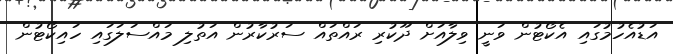
އަޑުއެހުމުގައި އެކޯޓުން ވަނީ ވިލާއަށް ދޫކުރި ރައްތައް ސަރުކާރުން އަތުލި މައްސަލަގައި ހައިކޯޓުން